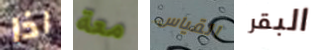
اذا معة القياس البقر